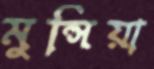
মুন্সিয়া